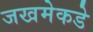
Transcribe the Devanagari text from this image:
जखमेकडे